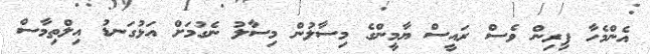
އެންމެހާ ފިރިން ވެސް ރައީސް ޔާމީންގެ މިސާލުން މިސާލު ނެގުމަށް އަޅުގަނޑު އިލްތިމާސް